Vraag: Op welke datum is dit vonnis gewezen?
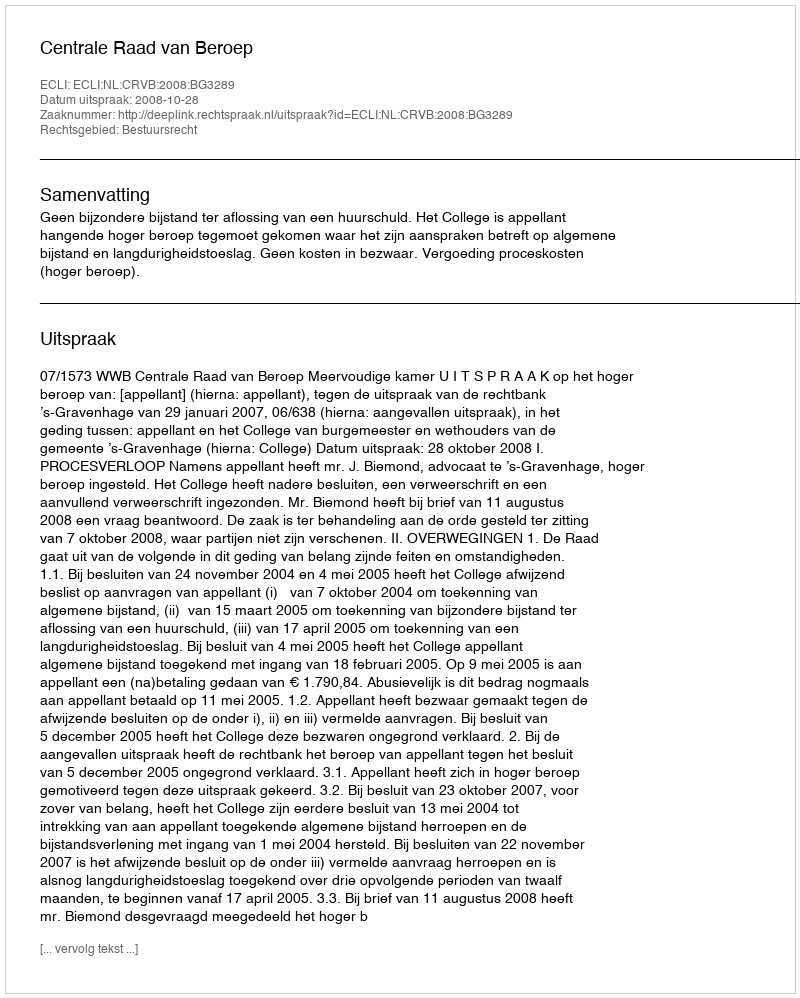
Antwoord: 2008-10-28